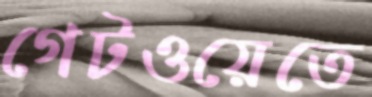
গেটওয়েতে